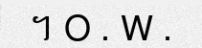
។ O . W .